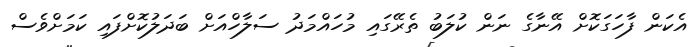
އެކަން ފާހަގަކޮށް އޭނާގެ ނަން ކުލަބު ތެރޭގައި މުހައްމަދު ސަލާހްއަށް ބަދަލުކޮށްފައި ކަމަށްވެސް